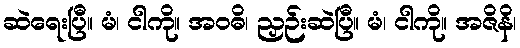
ဆဲရေးပြီ။ မံ၊ ငါကို။ အဝဓိ၊ ညှဉ်းဆဲပြီ။ မံ၊ ငါကို။ အဇိနိ၊